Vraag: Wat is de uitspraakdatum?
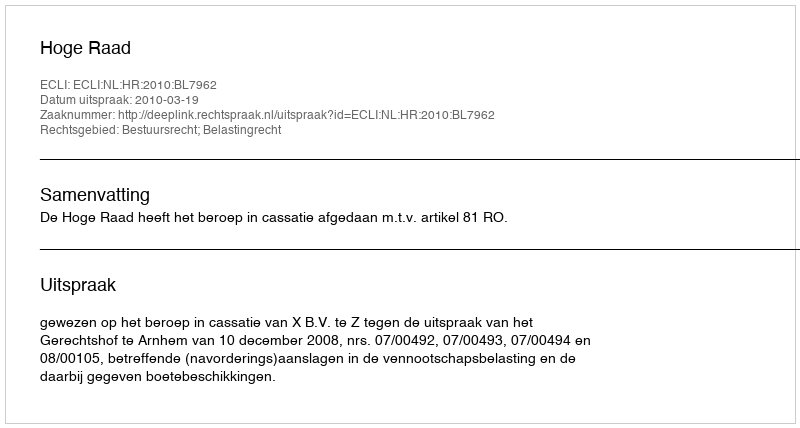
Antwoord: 2010-03-19